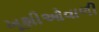
ખૂશીઓવાળી